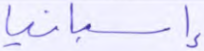
إسبانيا